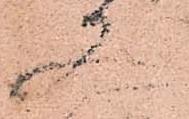
又